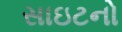
સાઇટનો